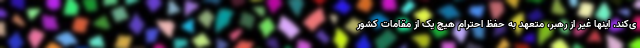
ی‌کند. اینها غیر از رهبر، متعهد به حفظ احترام هیچ یک از مقامات کشور